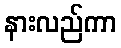
နားလည်ကာ